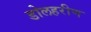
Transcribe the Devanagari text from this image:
डोलहरीण